Civil Veterinary Department. United Provinces 1912-22 - 1912-1922
Year: 1912
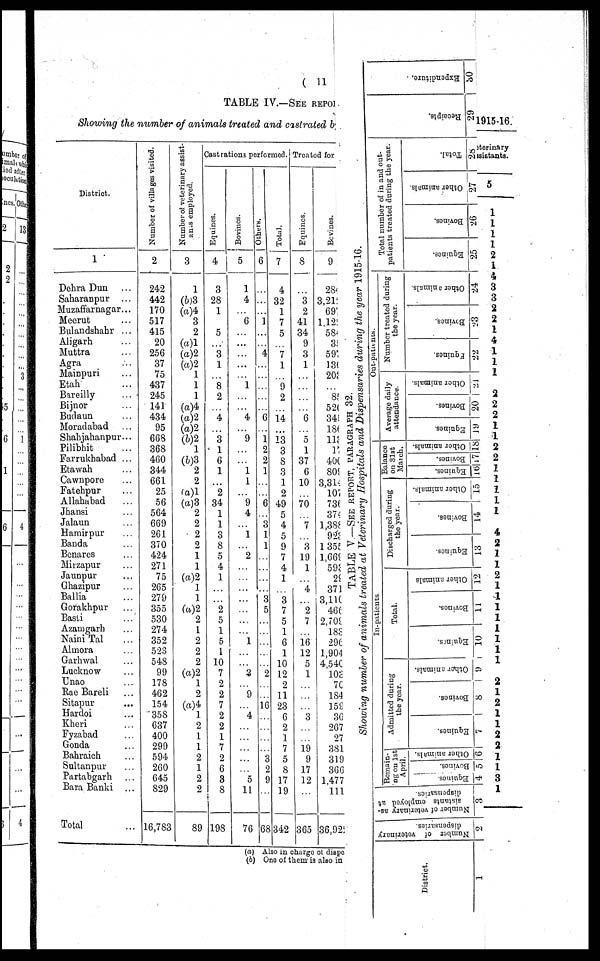
( 11
TABLE IV.—SEE REPORT
Showing the number of animals treated and castrated b
District.
1
Dehra Dun …
Saharanpur …
Muzaffarnagar...
Meerut …
Bulandshahr ...
Aligarh …
Muttra …
Agra …
Mainpuri …
Etah …
Bareilly
...
Bijnor …
Budaun
...
Moradabad …
Shahjahanpur...
Pilibhit …
Farrukhabad ...
Etawah …
Cawnpore …
Fatehpur …
Allahabad …
Jhansi …
Jalaun …
Hamirpur …
Banda …
Benares …
Mirzapur …
Jaunpur …
Ghazipur …
Ballia …
Gorakhpur …
Basti …
Azamgarh …
Naini Tal …
Almora …
Garhwal …
Lucknow …
Unao …
Rae Bareli …
Sitapur …
Hardoi …
Kheri …
Fyzabad …
Gonda …
Bahraich …
Sultanpur …
Partabgarh …
Bara Banki ...
Total …
Number of villages visited.
2
242
442
170
517
415
20
256
37
75
437
245
141
434
95
668
368
460
344
661
25
56
564
660
261
370
424
271
75
265
279
355
530
274
352
523
548
99
178
462
154
358
637
400
299
594
260
645
829
16,783
Number of veterinary assist-
ants
employed.
3
1
(b)3
(a)4
3
2
(a)1
(a)2
(a)2
1
1
1
(a)4
(a)2
(a)2
(6)2
1
(6)3
2
2
(a)1
(a)3
2
2
2
2
1
1
(a)2
1
1
(a)2
2
1
2
2
2
(a)2
1
2
(a)4
1
2
1
1
2
1
2
2
89
Castrations perfermed. Treated for
Equines.
4
3
28
1
…
5
…
3
1
…
8
9
…
4
…
3
1
6
1
…
2
34
1
1
3
8
5
4
1
…
…
2
5
1
5
1
10
7
2
2
7
2
2
1
7
2
6
3
8
198
Bovines.
5
1
4
…
6
…
…
…
…
…
1
…
…
4
…
9
…
…
1
1
…
9
4
…
1
...
2
…
…
…
…
…
…
…
1
…
…
3
…
9
…
4
…
…
…
…
…
5
11
76
Others.
6
…
…
…
1
…
…
4
…
…
…
…
…
6
…
1
2
2
1
…
…
6
…
3
1
1
…
…
…
…
3
5
…
…
…
…
…
2
…
…
6 …
…
…
…
3
2
9
…
68
Total.
7
4
32
1
7
5
…
7
1
…
9
2
…
14
…
13
3
8
3
1
2
49
5
4
5
9
7
4
1
…
3
7
5
1
6
1
10
12
2
11
23
6
2
1
7
5
8
17
19
342
Equincs.
8
…
3
2
41
34
9
3
1
…
…
…
…
6
…
5
1
37
6
10 …
70
…
7
…
3
19
1
…
4
…
2
7
…
16
12
5
1
…
…
…
3
…
…
19
9
17
12
…
365
Bevines.
9
284
3,211
691
1,121
582
33
591
136
203
…
83
526
349
180
113
17
406
809
3,314
107
736
374
1,388
923
1,355
1,669
593
29
371
3,116
466
2,709
183
296
1,904
4,540
103
70
184
159
36
267
27
381
310
366
1,477
111
36,929
(a) Also in charge of diape
(b) One of them is also in